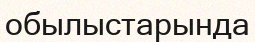
обылыстарында